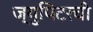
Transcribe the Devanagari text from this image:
ज्युपिटरची